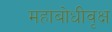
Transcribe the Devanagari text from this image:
महाबोधीवृक्ष